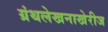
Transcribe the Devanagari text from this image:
ग्रंथलेखनाखेरीज